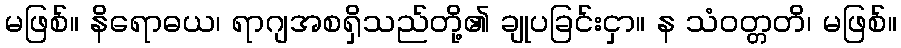
မဖြစ်။ နိရောဓယ၊ ရာဂျအစရှိသည်တို့၏ ချုပခြင်းငှာ။ န သံဝတ္တတိ၊ မဖြစ်။